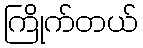
ကြိုက်တယ်